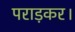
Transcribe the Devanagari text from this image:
पराड़कर।